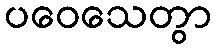
ပဝေသေတွာ